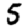
Digit: 5